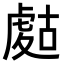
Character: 𧇉